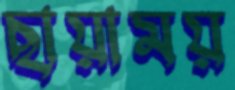
ছায়াময়